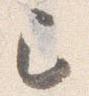
已